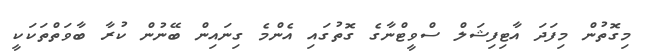
މިގޮތުން މިފަދަ އާޓިފިޝަލް ސްވީޓްނާގެ ގޮތުގައި އެންމެ ގިނައިން ބޭނުން ކުރާ ބާވަތްތަކަކީ